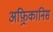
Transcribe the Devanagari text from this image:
अफ़्रिकानिस